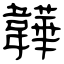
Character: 韡